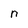
Character: n